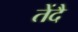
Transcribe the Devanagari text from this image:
तेंदै